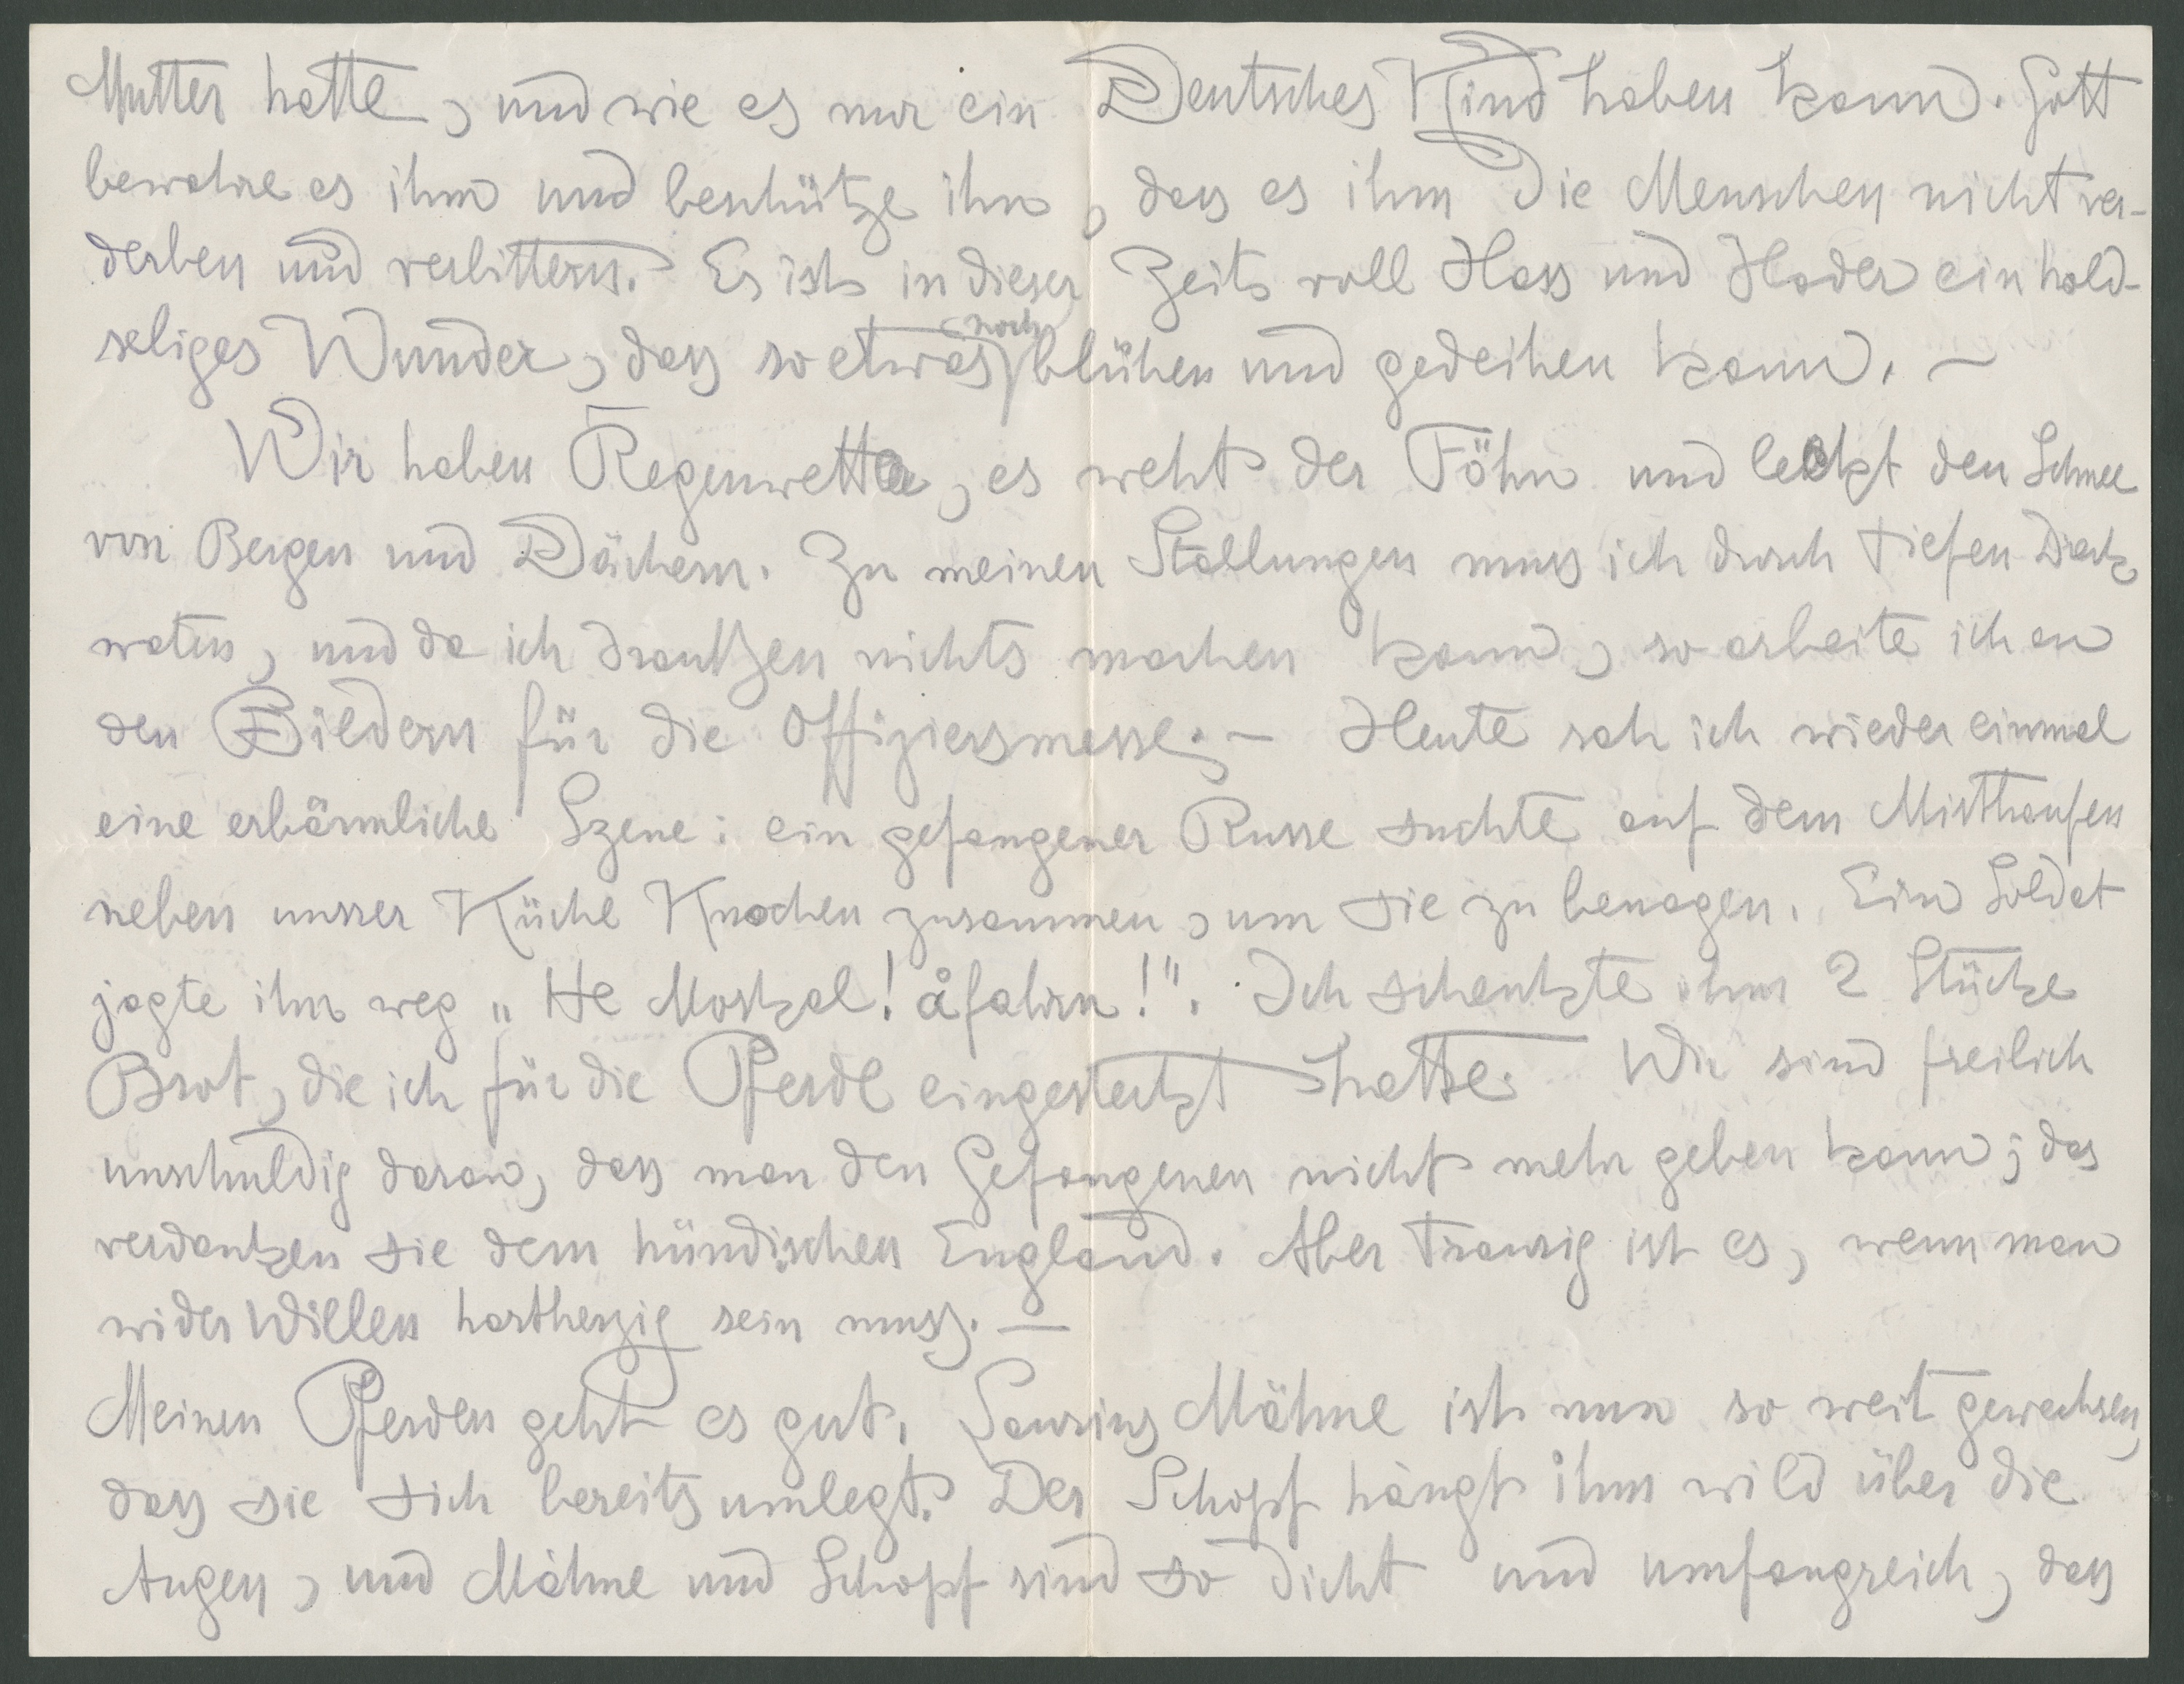
Mutter hatte, und wie es nur ein Deutsches Kind haben kann. Gott
bewahre es ihm und beschütze ihn, dass es ihm die Menschen nicht ver-
derben und verbittern. Es ist in dieser Zeit voll Hass und Hader ein hold-
seliges Wunder, dass so etwas noch blühen und gedeihen kann.
Wir haben Regenwetter, es weht der Föhn und leckt den Schnee
von Bergen und Dächern. Zu meinen Stallungen muss ich durch tiefen Dreck
waten, und da ich draußen nichts machen kann, so arbeite ich an
den Bildern für die Offiziersmesse. Heute sah ich wieder einmal
eine erbärmliche Szene: ein gefangener Russe suchte auf dem Misthaufen
neben unsrer Küche Knochen zusammen, um sie zu benagen. Ein Soldat
jagte ihn weg "He Moskal" å fahrn!". Ich schenkte ihm 2 Stücke
Brot, die ich für die Pferde eingesteckt hatte. Wir sind freilich
unschuldig daran, dass man den Gefangenen nichts mehr geben kann; das
verdanken sie den hündischen England. Aber traurig ist es, wenn man
wider Willen hartherzig sein muss.
Meinen Pferden geht es guut. Laurins Mähne ist nun so weit gewachsen,
dass sie sich bereits umlegt. Der Schopf hängt ihm wild über die
Augen, und Mähne und Schopf sind so dicht und umfangreich, dass